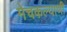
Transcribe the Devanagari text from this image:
मेचकल्याणी